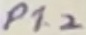
Text: P1.2